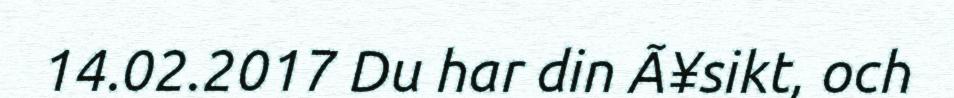
14.02.2017 Du har din Ã¥sikt, och